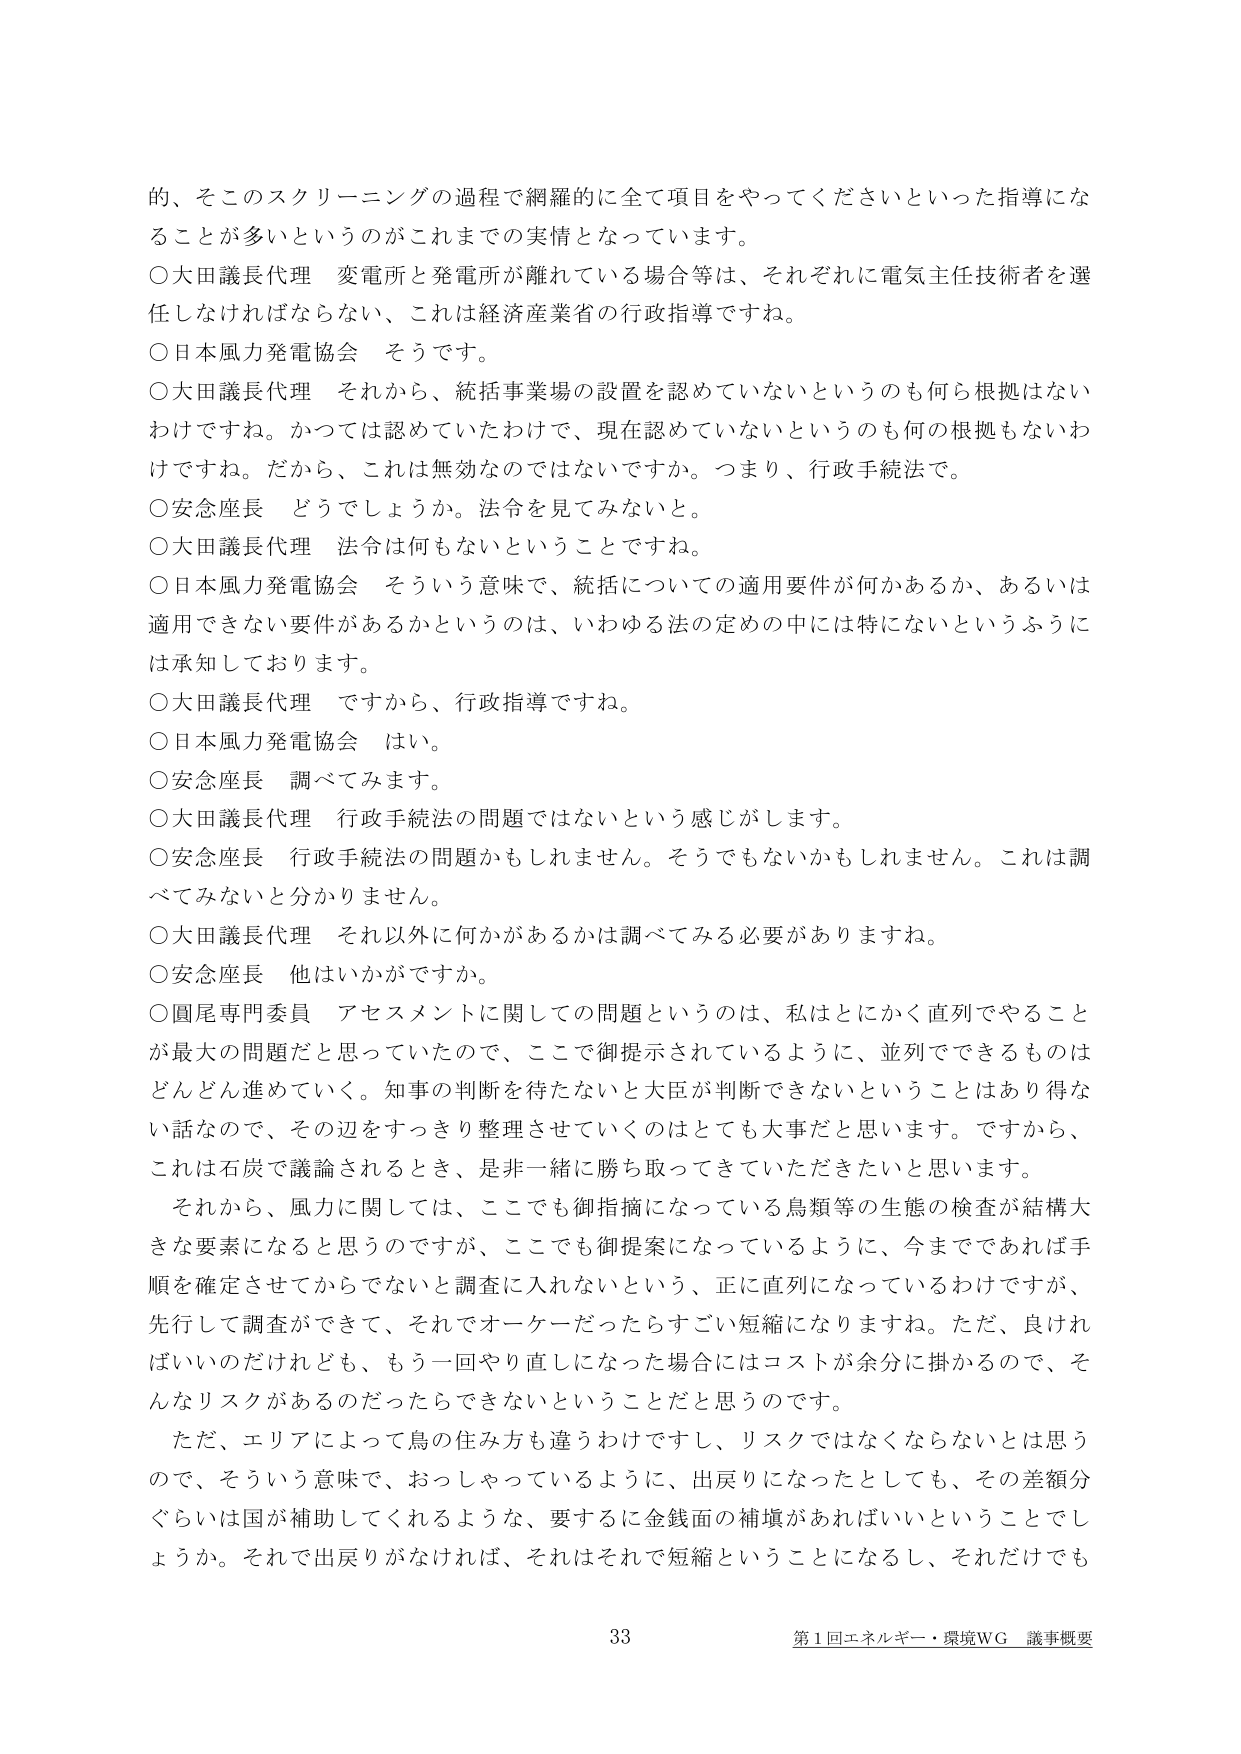
的、そこのスクリーニングの過程で網羅的に全て項目をやってくださいといった指導になることが多いというのがこれまでの実情となっています。

○大田議長代理　変電所と発電所が離れている場合等は、それぞれに電気主任技術者を選任しなければならない、これは経済産業省の行政指導ですね。

○日本風力発電協会　そうです。

○大田議長代理　それから、統括事業場の設置を認めていないというのも何ら根拠はないわけですね。かつては認めていたわけで、現在認めていないというのも何の根拠もないわけですね。だから、これは無効なのではないですか。つまり、行政手続法で。

○安念座長　どうでしょうか。法令を見てみないと。

○大田議長代理　法令は何もないということですね。

○日本風力発電協会　そういう意味で、統括についての適用要件が何かあるか、あるいは適用できない要件があるかというのは、いわゆる法の定めの中には特にないというふうには承知しております。

○大田議長代理　ですから、行政指導ですね。

○日本風力発電協会　はい。

○安念座長　調べてみます。

○大田議長代理　行政手続法の問題ではないという感じがします。

○安念座長　行政手続法の問題かもしれません。そうでもないかもしれません。これは調べてみないと分かりません。

○大田議長代理　それ以外に何かがあるかは調べてみる必要がありますね。

○安念座長　他はいかがですか。

○圓尾専門委員　アセスメントに関しての問題というのは、私はとにかく直列でやることが最大の問題だと思っていたので、ここで御提示されているように、並列でできるものはどんどん進めていく。知事の判断を待たないと大臣が判断できないということはあり得ない話なので、その辺をすっきり整理させていくのはとても大事だと思います。ですから、これは石炭で議論されるとき、是非一緒に勝ち取ってきていただきたいと思います。

それから、風力に関しては、ここでも御指摘になっている鳥類等の生態の検査が結構大きな要素になると思うのですが、ここでも御提案になっているように、今までであれば手順を確定させてからでないと調査に入れないという、正に直列になっているわけですが、先行して調査ができて、それでオーケーだったらすごい短縮になりますね。ただ、良ければいいのだけれども、もう一回やり直しになった場合にはコストが余分に掛かるので、そんなリスクがあるのだったらできないということだと思うのです。

ただ、エリアによって鳥の住み方も違うわけですし、リスクではなくならないとは思うので、そういう意味で、おっしゃっているように、出戻りになったとしても、その差額分ぐらいは国が補助してくれるような、要するに金銭面の補填があればいいということでしょうか。それで出戻りがなければ、それはそれで短縮ということになるし、それだけでも

33　第1回エネルギー・環境WG 議事概要